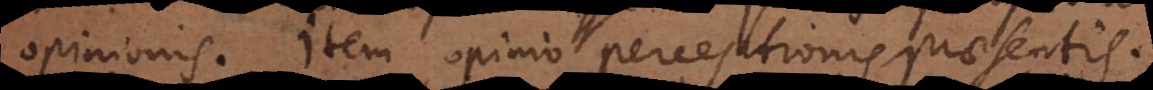
opinionis. Item opinio perceptionis praesentis.